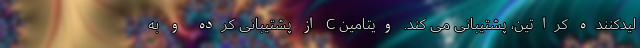
لیدکننده کراتین، پشتیبانی می کند. ویتامین C از پشتیبانی کرده و به